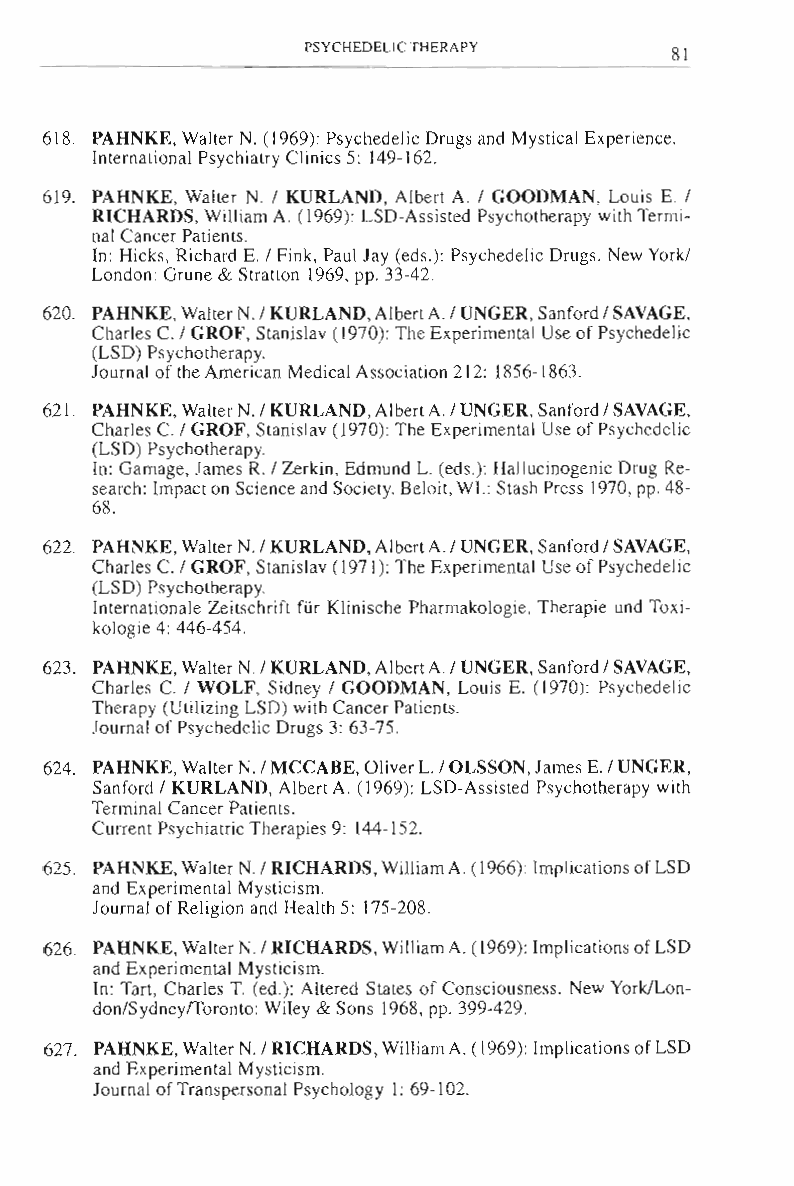
PSYCHEDELIC THERAPY
 -------------------------------------------------------81
 618. PAHNKE, WaIter N. (1969): Psychedelic Drugs and Mystical Experience.
 International Psychiatry Clinics 5: 149-I 62.
 619. PAHNKE, Waiter N. I KURLAND, Albert A. I GOODMAN, Louis E. I
 RICHARDS, William A. (1969): LSD-Assisted Psychotherapy with Termi­
 nal Cancer Patients.
 In: Hicks, Richard E. I Fink, Paul lay (eds.): Psychedelic Drugs. New Yorkl
 London Grune & Stratton 1969, pp. 33-42.
 620. PAHNKE, Waiter N. I KURLAND, Albert A. I UNGER, Sanford I SAVAGE,
 Charles C. I GROF, Stanislav (1970): The Experimental Use of Psychedelic
 (LSD) Psychotherapy.
 Journal of the American Medical Association 2 I 2: 1856-1863.
 621. PAHNKE, WaIter N. I KURLAND , AlbertA. I UNGER, Sanford I SAVAGE.
 Charles C. I GROF, Stanislav (J 970): The Experimental Use of Psychedelic
 (LS D) Psychotherapy.
 In: Gamage, lames R. I Zerkin. Edmund L (eds.): HaUucinogenic Drug Re­
 search: Impact on Science and Society. Beloit, WI.: Stash Press 1970, pp. 48­
 68.
 622. PAHNKE, WaIter N. I KURLAND, Albert A. I UNGER, Sanford I SAVAGE.
 Charles C. I GROF. Stanislav (197 I): The Experimental Use of Psychedelic
 (LSD) Psychotherapy.
 Internationale Zeitschrift fUr Klinische Pharmakologie, Therapie und Toxi­
 kologie 4: 446-454.
 623. PAHNKE, Waiter N. I KURLAND, AlbertA. I UNGER, Sanford I SAVAGE,
 Charles C. I WOLF, Sidney I GOODMAN, Louis E. (1970): Psychedelic
 Therapy (Utilizing LSD) with Cancer Patients.
 Journal of Psychedelic Drugs 3: 63-75.
 624. PAHNKE, Waiter N. I MCCABE, Oliver L I OLSSON, lames E. I UNGER,
 Sanford I KURLAND, Albert A. (1969): LSD-Assisted Psychotherapy with
 Terminal Cancer Patients.
 Current Psychiatric Therapies 9: 144-152.
 625. PAHNKE, Waiter N. I RICHARDS, William A. (1966) Implications of LSD
 and Experimental Mysticism.
 Journal of Religion and Health 5: 175-208.
 626. PAHNKE, WaIter N. I RICHARDS, William A. (1969): Implications of LSD
 and Experimental Mysticism.
 In: Tart, Charles T. (ed.): Altered States of Consciousness. New YorkILon­
 don/Sydneyrroronto: WiIey & Sons 1968, pp. 399-429.
 627. PAHNKE, Waiter N. I RICHARDS, William A. (1969): Implications of LSD
 and Experimental Mysticism.
 lournal of Transpersonal Psychology I: 69-102.